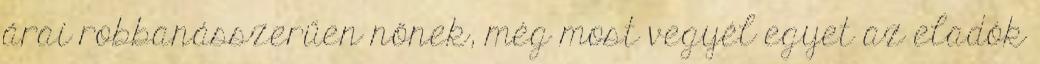
árai robbanásszerűen nőnek, még most vegyél egyet az eladók